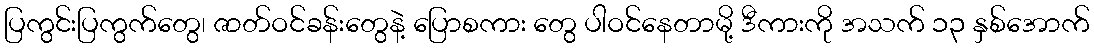
ပြကွင်းပြကွက်တွေ၊ ဇာတ်ဝင်ခန်းတွေနဲ့ ပြောစကား တွေ ပါဝင်နေတာမို့ ဒီကားကို အသက် ၁၃ နှစ်အောက်